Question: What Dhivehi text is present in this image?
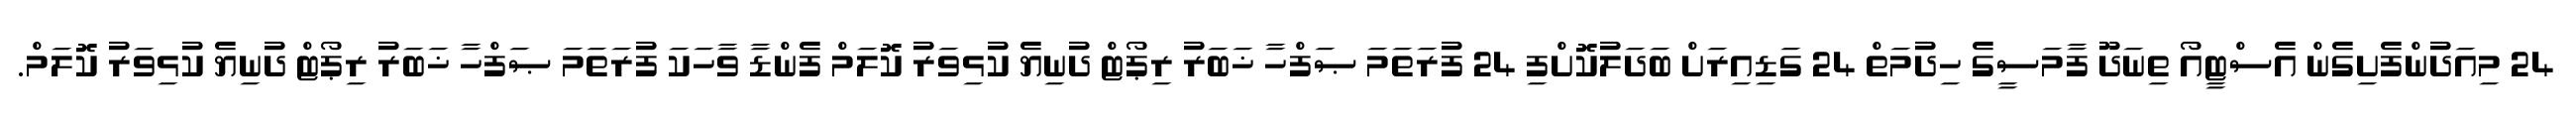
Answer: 24 މިއަދުންފެށިގެން އެސްޓީއޯ ތިނަދޫ ފާމަސީގެ ހިދުމަތް 24 ގަޑިއިރަށް ބަދަލުކޮށްފި 24 ފުރަތަމަ ޞަފްހާ ޚަބަރު ރިޕޯޓް ދުނިޔެ ކުޅިވަރު ކޮލަމް ފެންޑާ ވާހަކަ ފުރަތަމަ ޞަފްހާ ޚަބަރު ރިޕޯޓް ދުނިޔެ ކުޅިވަރު ކޮލަމް.